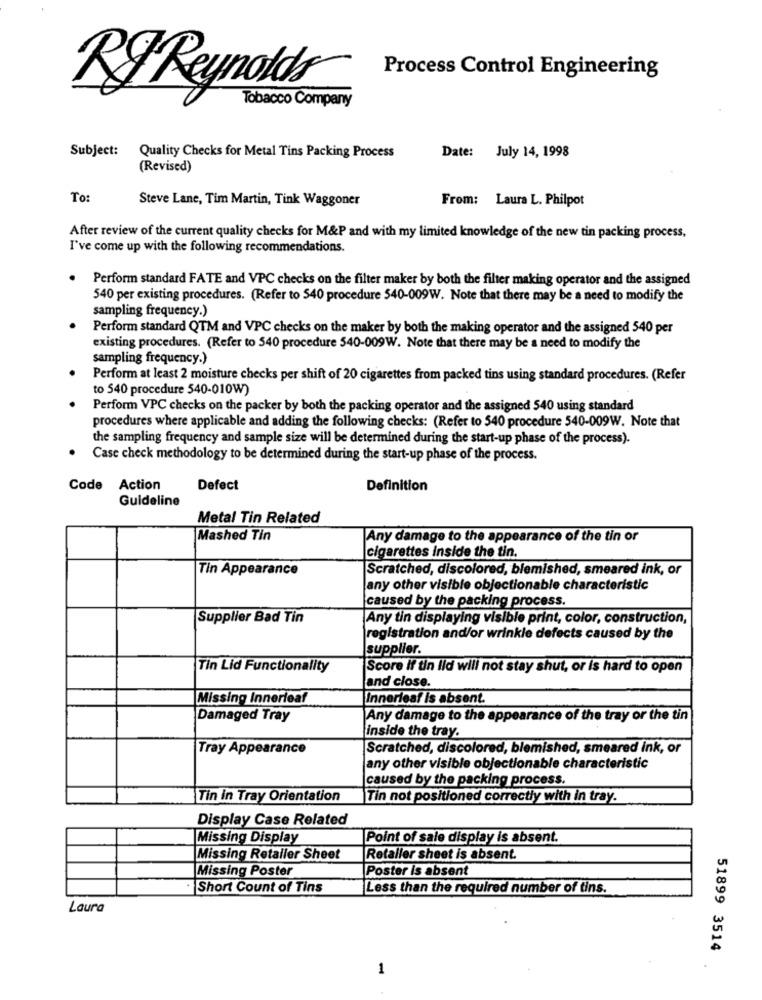
Process Control Engineering
RJ Reynolds
Tobacco Company
Subject:
Quality Checks for Metal Tins Packing Process
Date: July 14, 1998
(Revised)
To:
Steve Lane, Tim Martin, Tink Waggoner
From: Laura L. Philpot
After review of the current quality checks for M&P and with my limited knowledge of the new tin packing process,
I've come up with the following recommendations.
Perform standard FATE and VPC checks on the filter maker by both the filter making operator and the assigned
540 per existing procedures. (Refer to 540 procedure 540-009W. Note that there may be a need to modify the
sampling frequency.)
Perform standard QTM and VPC checks on the maker by both the making operator and the assigned 540 per
existing procedures. (Refer to 540 procedure 540-009W. Note that there may be a need to modify the
sampling frequency.)
Perform at least 2 moisture checks per shift of 20 cigarettes from packed tins using standard procedures. (Refer
to 540 procedure 540-010W)
Perform VPC checks on the packer by both the packing operator and the assigned 540 using standard
procedures where applicable and adding the following checks: (Refer to 540 procedure 540-009W. Note that
the sampling frequency and sample size will be determined during the start-up phase of the process).
Case check methodology to be determined during the start-up phase of the process.
Code Action
Defect
Definition
Guideline
Metal Tin Related
Mashed Tin
Any damage to the appearance of the tin or
cigarettes inside the tin.
Tin Appearance
Scratched, discolored, blemished, smeared ink, or
any other visible objectionable characteristic
caused by the packing process.
Supplier Bad Tin
Any tin displaying visible print, color, construction,
registration and/or wrinkle defects caused by the
supplier.
Tin Lid Functionality
Score If tin Ild will not stay shut, or is hard to open
and close.
Missing Innerleaf
Innerleaf is absent.
Damaged Tray
Any damage to the appearance of the tray or the tin
inside the tray.
Tray Appearance
Scratched, discolored, blemished, smeared ink, or
any other visible objectionable characteristic
caused by the packing process.
Tin in Tray Orientation
Tin not positioned correctly with in tray.
Display Case Related
Missing Display
Point of sale display is absent.
Missing Retailer Sheet
Retaller sheet is absent.
Missing Poster
Poster is absent
*Short Count of Tins
Less than the required number of tins.
Laura
51899 3514
1